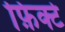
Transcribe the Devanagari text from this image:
फ़िक्टे